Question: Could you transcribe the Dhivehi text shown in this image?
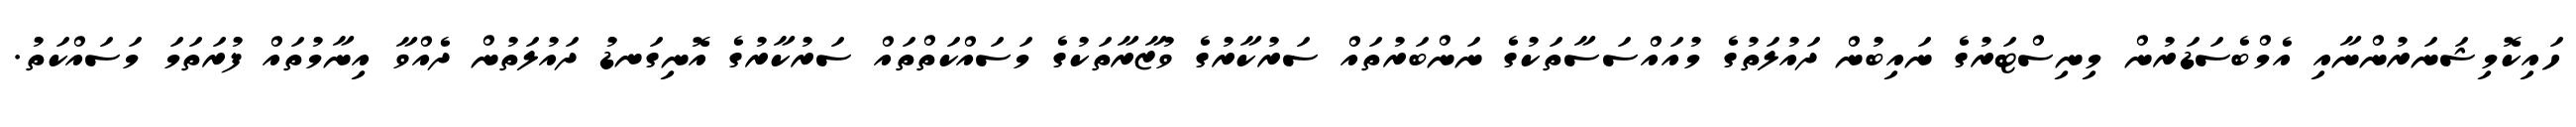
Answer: ހައިކޮމިޝަނަރުންނާއި އެމްބެސަޑަރުން މިނިސްޓަރުގެ ނައިބުން ދައުލަތުގެ މުއައްސަސާތަކުގެ ނަންބަރުތައް ސަރުކާރުގެ ވުޒާރާތަކުގެ މަސައްކަތްތައް ސަރުކާރުގެ އޮނިގަނޑު ދައުލަތުން ދެއްވާ އިނާމުތައް ފުރަތަމަ މަސައްކަތު.